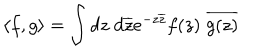
\langle f , g \rangle = \int d z \; d \overline { { { z } } } e ^ { - z \overline { { { z } } } } f ( z ) \; \overline { { { g ( z ) } } }